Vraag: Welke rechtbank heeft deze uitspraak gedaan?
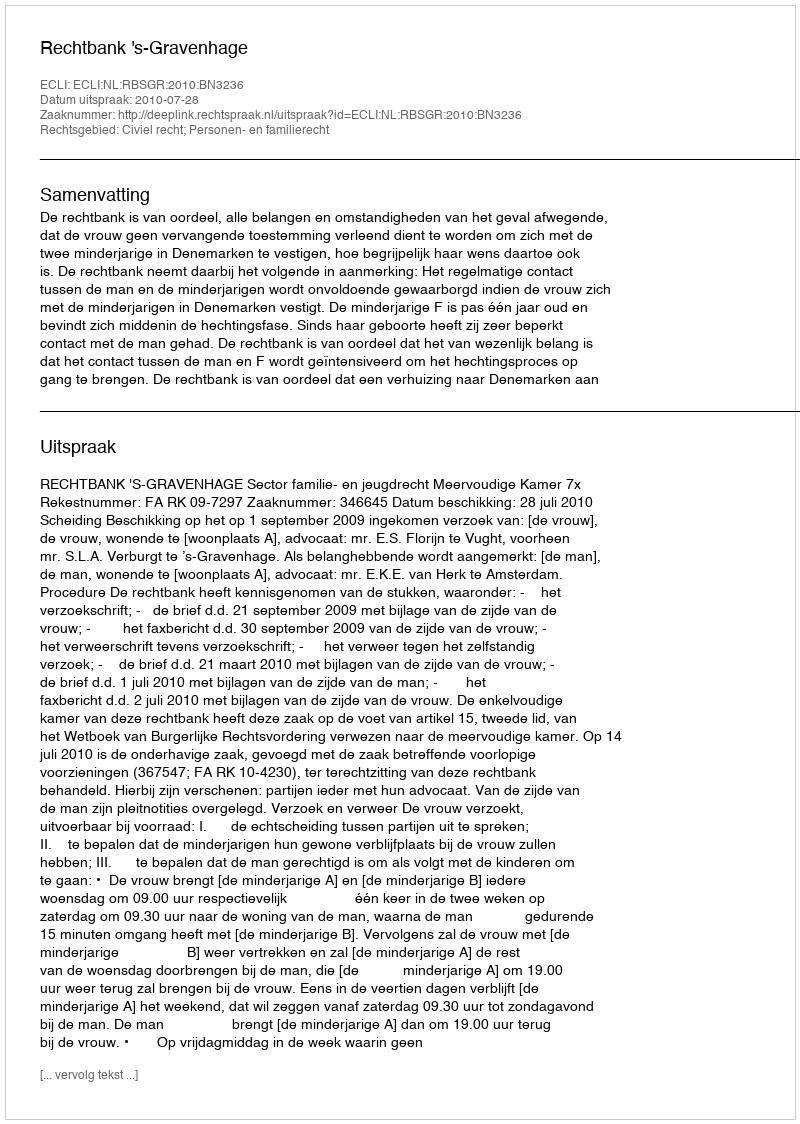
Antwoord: Rechtbank 's-Gravenhage